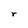
Character: r